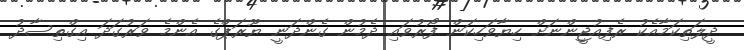
ދީލަތިކަމާއެކު ރެފިއުޖީންނަށް ހިޔާވަހިކަން ފޯރުވައި ދެމުން ގެންދަނީ ޔޫރަޕްގެ އެންމެ ވަރުގަދަ އިގްތިސާދު